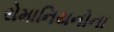
રોમાનિયનોના